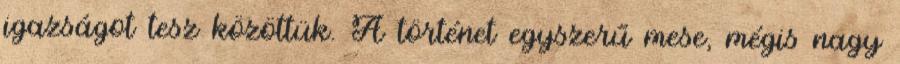
igazságot tesz közöttük. A történet egyszerű mese, mégis nagy